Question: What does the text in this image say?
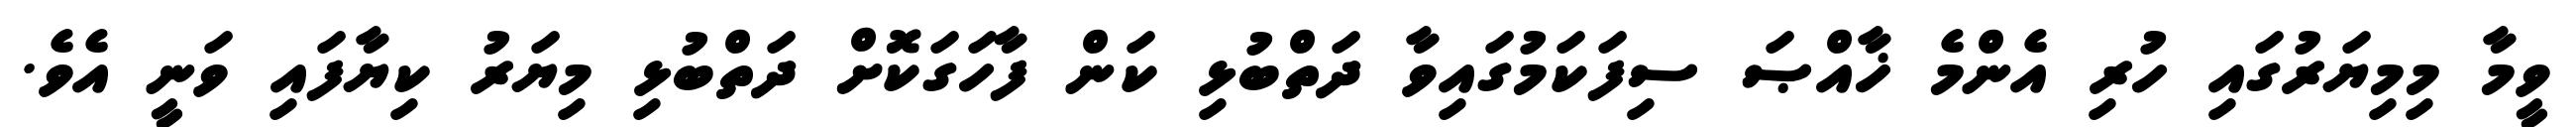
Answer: ވީމާ މިމިޔަރުގައި ހުރި އެންމެ ޚާއްޞަ ސިފަކަމުގައިވާ ދަތްބުޅި ކަން ފާހަގަކޮށް ދަތްބުޅި މިޔަރު ކިޔާފައި ވަނީ އެވެ.